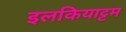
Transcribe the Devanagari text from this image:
इलकियाट्टम